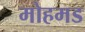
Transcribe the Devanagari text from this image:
मोहमड